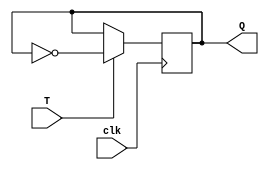
module TFF (
    input wire clk,
    input wire T,
    output reg Q
);

always @(posedge clk) begin
    if (T)
        Q <= ~Q;
end

endmodule